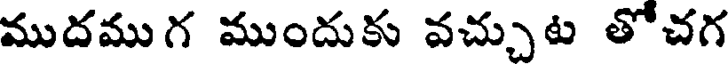
ముదముగ ముందుకు వచ్చుట తోచగ